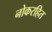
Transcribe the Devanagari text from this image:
नोकरहित